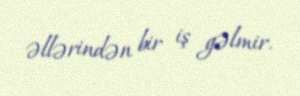
əllərindən bir iş gəlmir.